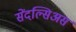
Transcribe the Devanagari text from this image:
सेंदल्सिअस